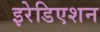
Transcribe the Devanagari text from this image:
इरेडिएशन